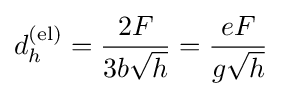
d_{h}^{\mathrm {(el)} }={\frac {2F}{3b{\sqrt {h}}}}={\frac {eF}{g{\sqrt {h}}}}